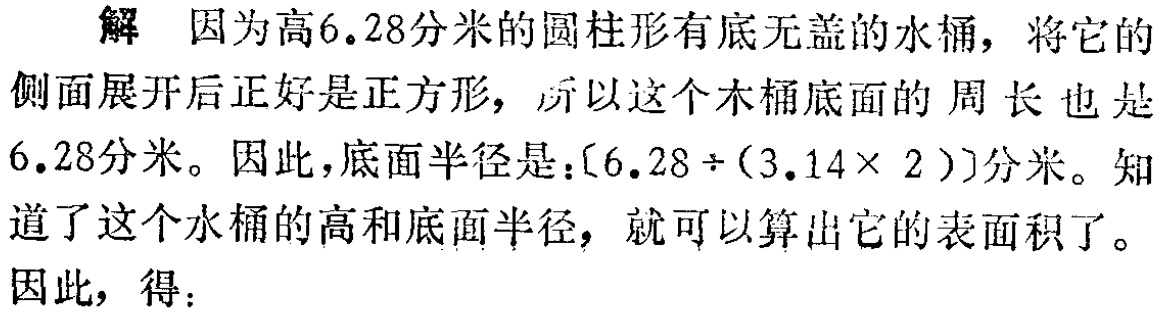
解 因为高\(6.28\)分米的圆柱形有底无盖的水桶，将它的侧面展开后正好是正方形，所以这个木桶底面的周长也是\(6.28\)分米。因此，底面半径是：\([6.28\div(3.14\times 2)]\)分米。知道了这个水桶的高和底面半径，就可以算出它的表面积了。因此，得：